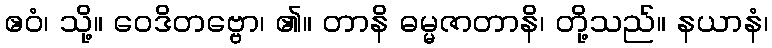
ဧဝံ၊ သို့။ ဝေဒိတဗ္ဗော၊ ၏။ တာနိ ဓမ္မဇာတာနိ၊ တို့သည်။ နယာနံ၊